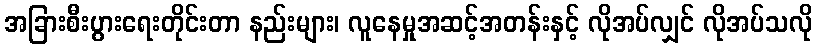
အခြားစီးပွားရေးတိုင်းတာ နည်းများ၊ လူနေမှုအဆင့်အတန်းနှင့် လိုအပ်လျှင် လိုအပ်သလို